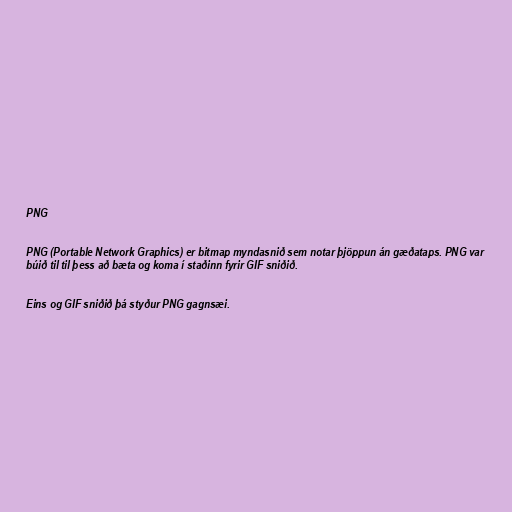
PNG

PNG (Portable Network Graphics) er bitmap myndasnið sem notar þjöppun án gæðataps. PNG var
búið til til þess að bæta og koma í staðinn fyrir GIF sniðið.

Eins og GIF sniðið þá styður PNG gagnsæi.